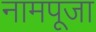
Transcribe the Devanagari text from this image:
नामपूजा